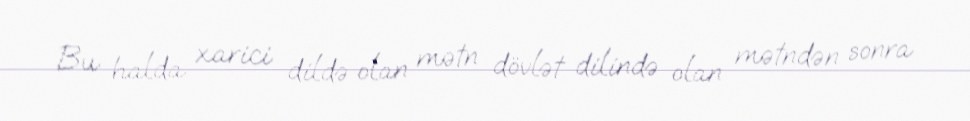
Bu halda xarici dildə olan mətn dövlət dilində olan mətndən sonra